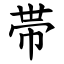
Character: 帯